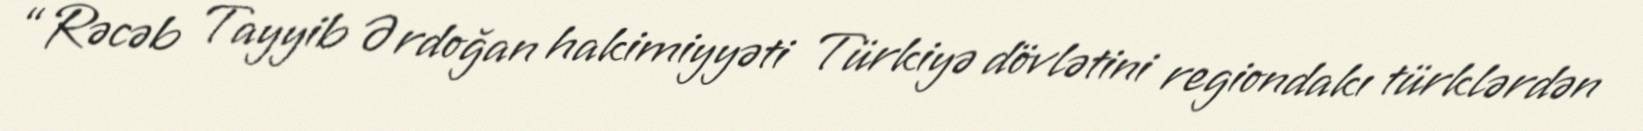
“Rəcəb Tayyib Ərdoğan hakimiyyəti Türkiyə dövlətini regiondakı türklərdən